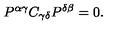
P ^ { \alpha \gamma } C _ { \gamma \delta } P ^ { \delta \beta } = 0 .